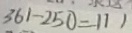
3 6 1 - 2 5 0 = 1 1 1